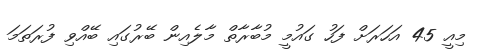
މިއީ 45 އަހަރަށް ފަހު ގައުމީ މުބާރާތް މާލެއިން ބޭރުގައި ބޭއްވި ފުރަތަމަ